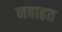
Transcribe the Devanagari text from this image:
नबाहत